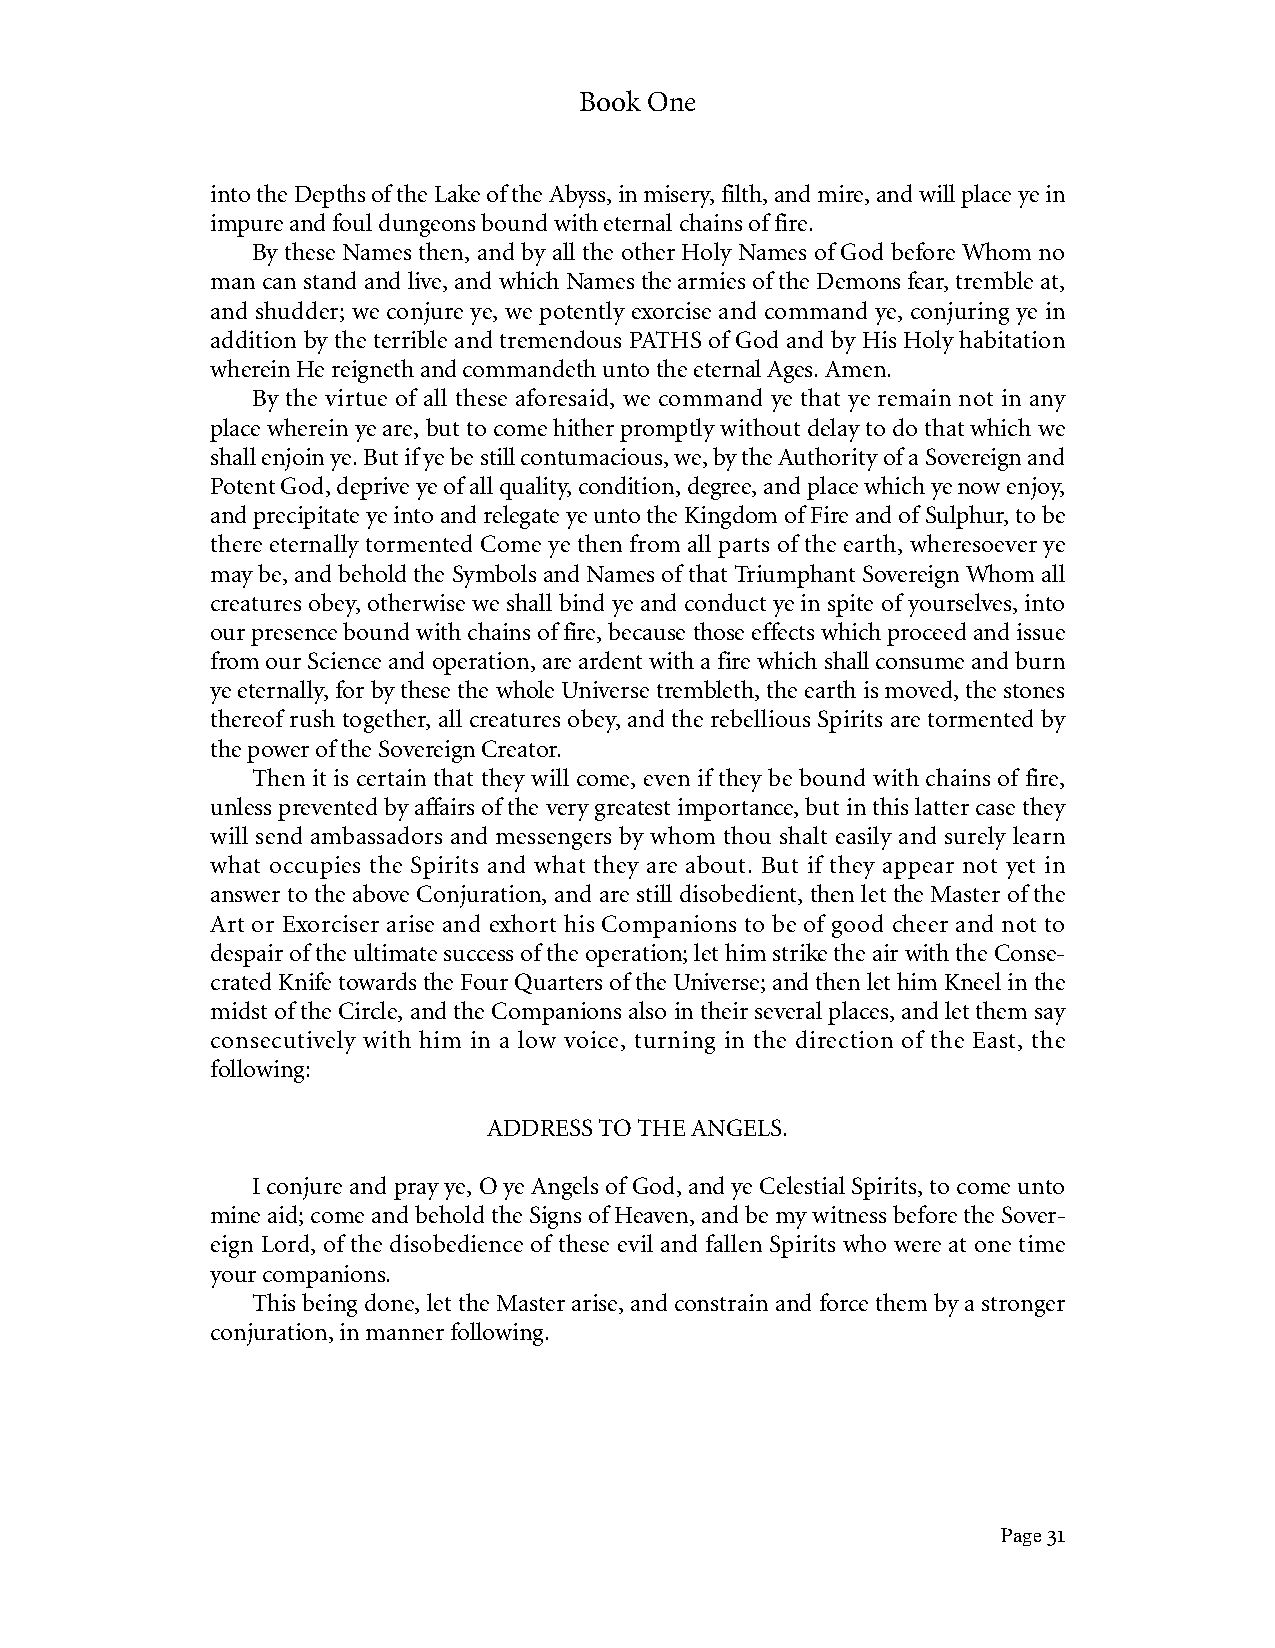
Book One
 into the Depths of the Lake of the Abyss, in misery, filth, and mire, and will place ye in
 impure and foul dungeons bound with eternal chains of fire.
 By these Names then, and by all the other Holy Names of God before Whom no
 man can stand and live, and which Names the armies of the Demons fear, tremble at,
 and shudder; we conjure ye, we potently exorcise and command ye, conjuring ye in
 addition by the terrible and tremendous PATHS of God and by His Holy habitation
 wherein He reigneth and commandeth unto the eternal Ages. Amen.
 By the virtue of all these aforesaid, we command ye that ye remain not in any
 place wherein ye are, but to come hither promptly without delay to do that which we
 shall enjoin ye. But if ye be still contumacious, we, by the Authority of a Sovereign and
 Potent God, deprive ye of all quality, condition, degree, and place which ye now enjoy,
 and precipitate ye into and relegate ye unto the Kingdom of Fire and of Sulphur, to be
 there eternally tormented Come ye then from all parts of the earth, wheresoever ye
 may be, and behold the Symbols and Names of that Triumphant Sovereign Whom all
 creatures obey, otherwise we shall bind ye and conduct ye in spite of yourselves, into
 our presence bound with chains of fire, because those effects which proceed and issue
 from our Science and operation, are ardent with a fire which shall consume and burn
 ye eternally, for by these the whole Universe trembleth, the earth is moved, the stones
 thereof rush together, all creatures obey, and the rebellious Spirits are tormented by
 the power of the Sovereign Creator.
 Then it is certain that they will come, even if they be bound with chains of fire,
 unless prevented by affairs of the very greatest importance, but in this latter case they
 will send ambassadors and messengers by whom thou shalt easily and surely learn
 what occupies the Spirits and what they are about. But if they appear not yet in
 answer to the above Conjuration, and are still disobedient, then let the Master of the
 Art or Exorciser arise and exhort his Companions to be of good cheer and not to
 despair of the ultimate success of the operation; let him strike the air with the Conse-
 crated Knife towards the Four Quarters of the Universe; and then let him Kneel in the
 midst of the Circle, and the Companions also in their several places, and let them say
 consecutively with him in a low voice, turning in the direction of the East, the
 following:
 ADDRESS TO THE ANGELS.
 I conjure and pray ye, O ye Angels of God, and ye Celestial Spirits, to come unto
 mine aid; come and behold the Signs of Heaven, and be my witness before the Sover-
 eign Lord, of the disobedience of these evil and fallen Spirits who were at one time
 your companions.
 This being done, let the Master arise, and constrain and force them by a stronger
 conjuration, in manner following.
 Page 31